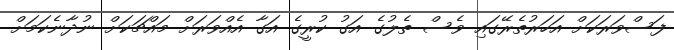
ފަސްވަރަކަށް އަހަރުތެރޭގައި ވެސް ތެލުގެ އަގު ކުރީގެ އަގާ އެއްވަރަށް މައްޗަކަށް ނުދާނެކަމަށް